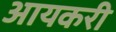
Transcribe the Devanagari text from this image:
आयकरी